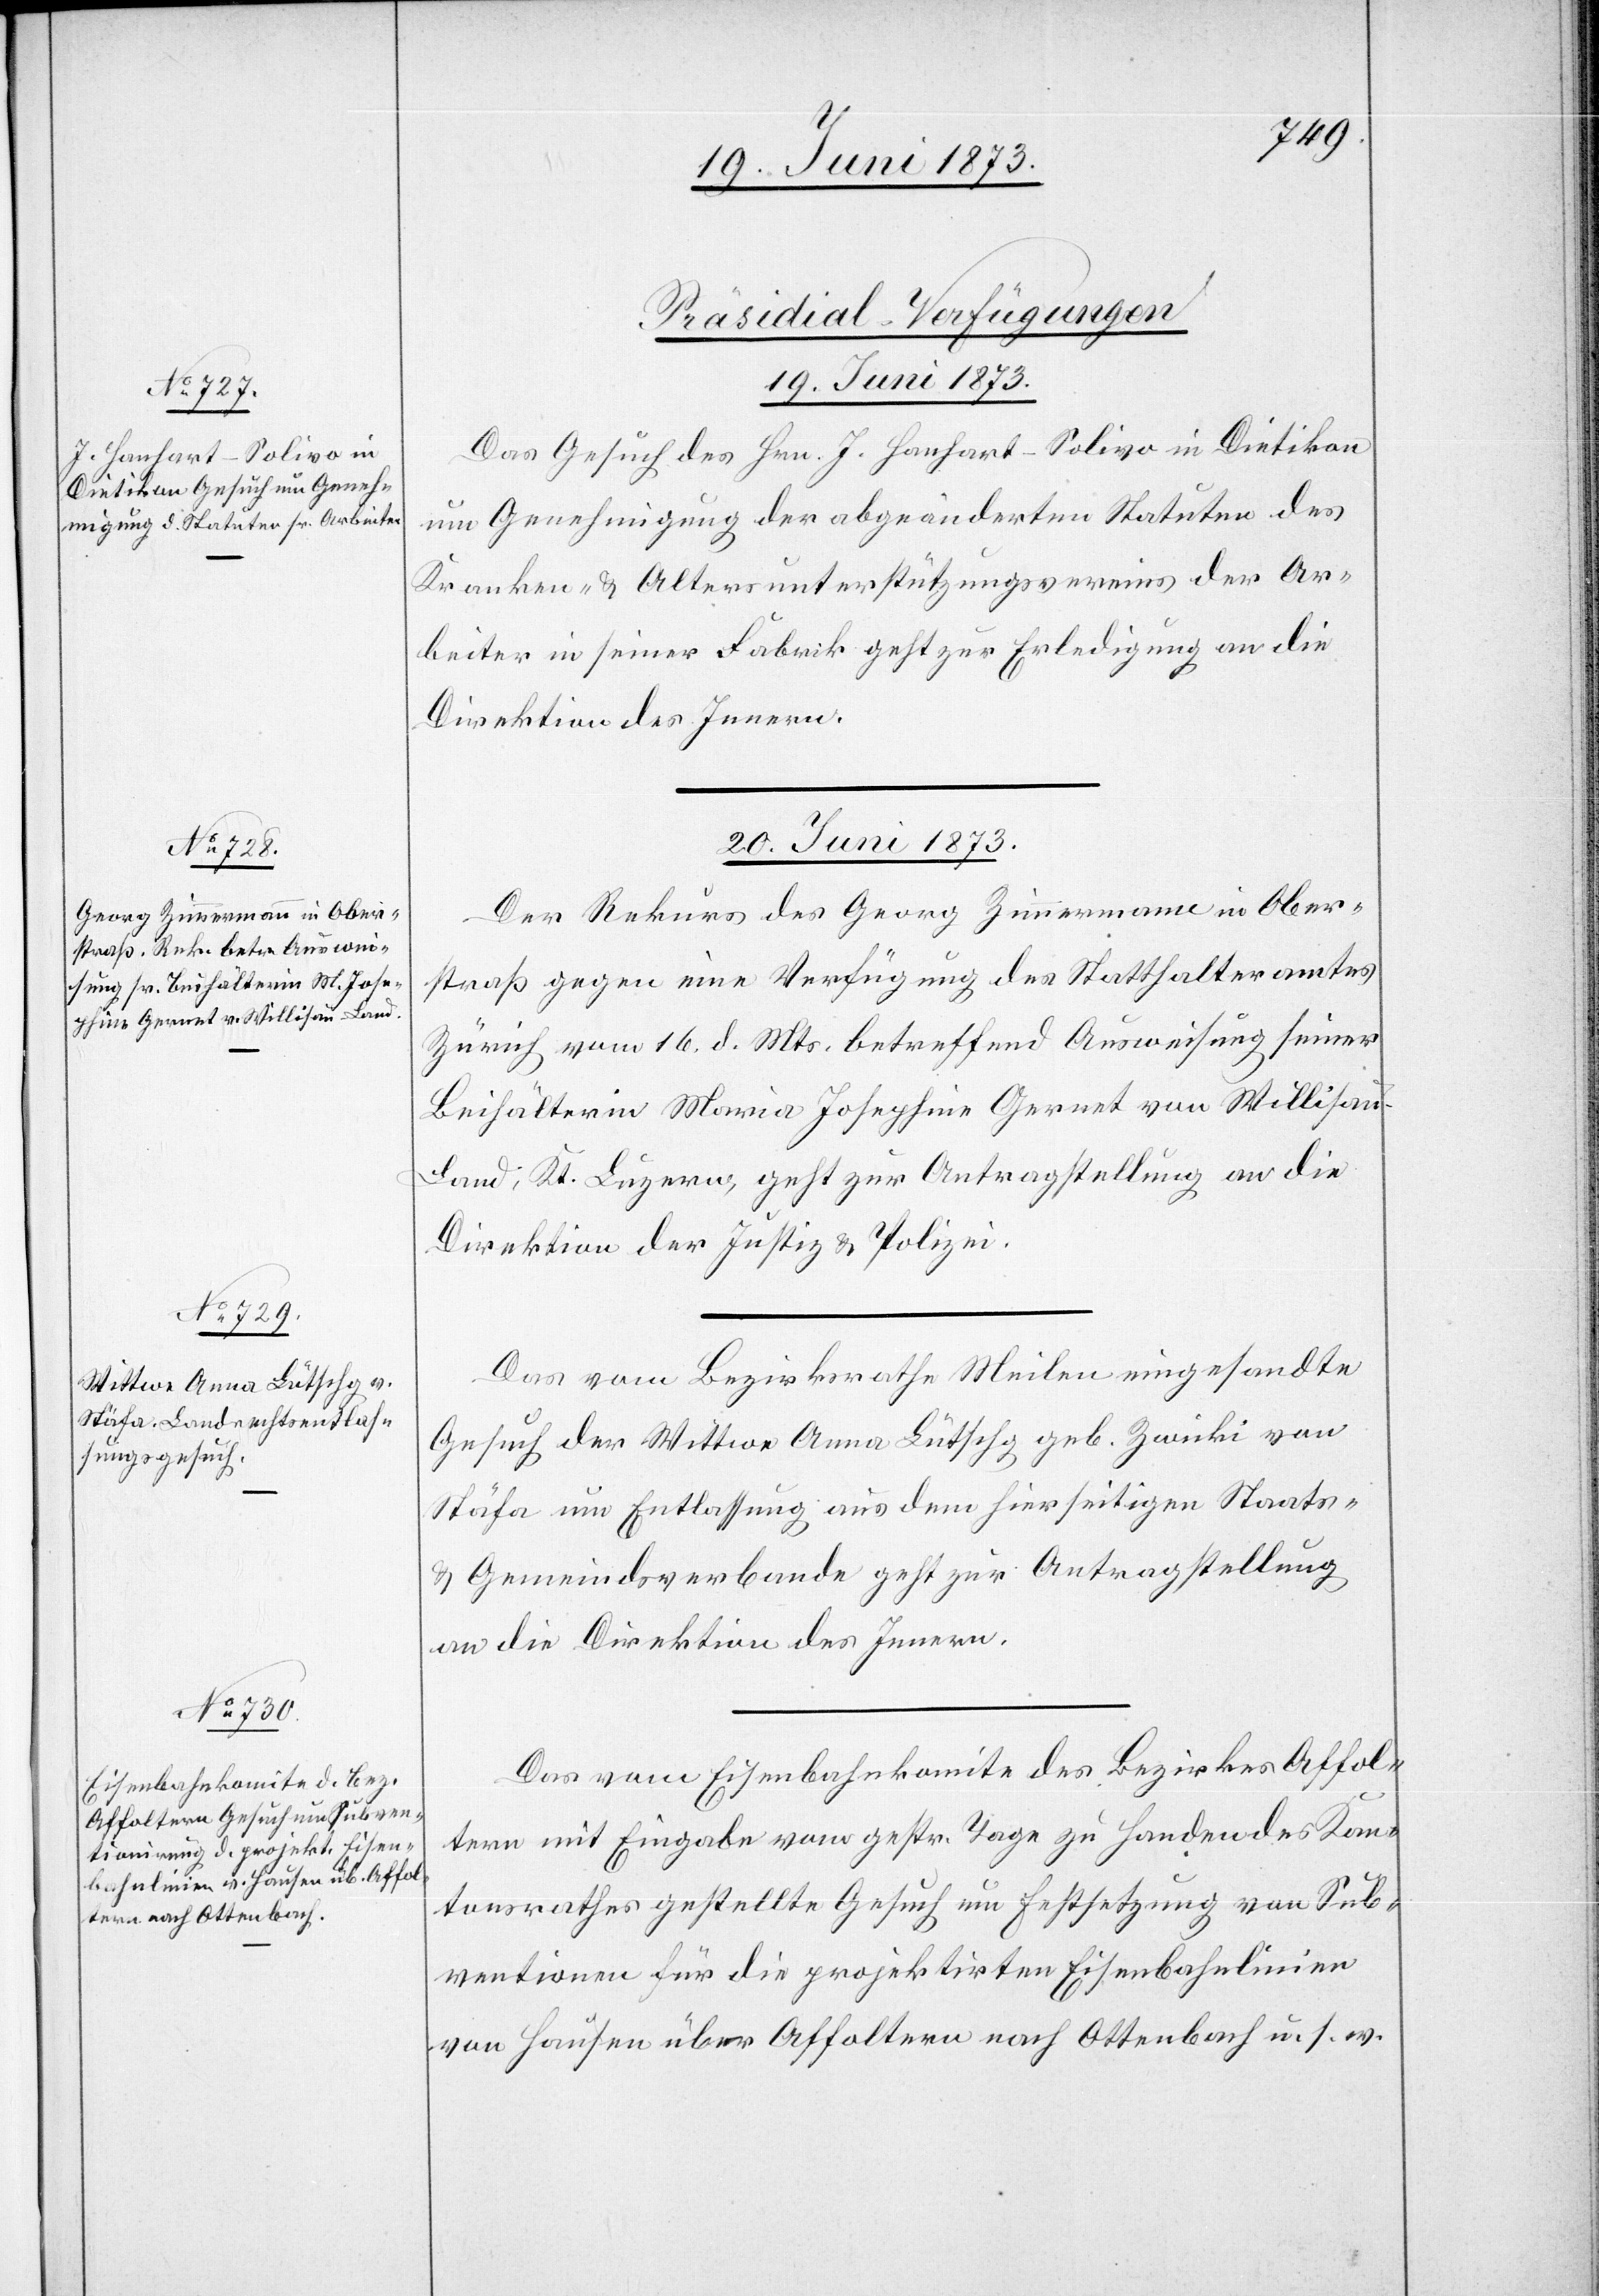
[Präsidial-Verfügungen
19. Juni 1873.
Das Gesuch des Hrn. Hanhart-Solivo in Dietikon
um Genehmigung der abgeänderten Statuten des
Kranken- & Altersunterstützungsvereins der Ar¬
beiter in seiner Fabrik geht zur Erledigung an die
Direktion des Innern.
20. Juni 1873.]
Der Rekurs des Georg Zimmermann in Ober¬
straß gegen eine Verfügung des Statthalteramtes
Zürich vom 16. d. Mts. betreffend Ausweisung seiner
Beihälterin Maria Josephine Gernet von Willisau-L¬
and, Kt. Luzern, geht zur Antragstellung an die
Direktion der Justiz & Polizei.
Das vom Bezirksrathe Meilen eingesandte
Gesuch der Wittwe Anna Lütschg geb. Zwicki von
Stäfa um Entlassung aus dem hierseitigen Staats-
& Gemeindsverbande geht zur Antragstellung
an die Direktion des Innern.
Das vom Eisenbahnkomite des Bezirkes Affol¬
tern mit Eingabe vom gestr. Tage zu Handen des Kan¬
tonsrathes gestellte Gesuch um Festsetzung von Sub¬
ventionen für die projektirten Eisenbahnlinien
von Hausen über Affoltern nach Ottenbach u. s. w.